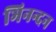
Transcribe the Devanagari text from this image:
भिनन्दन